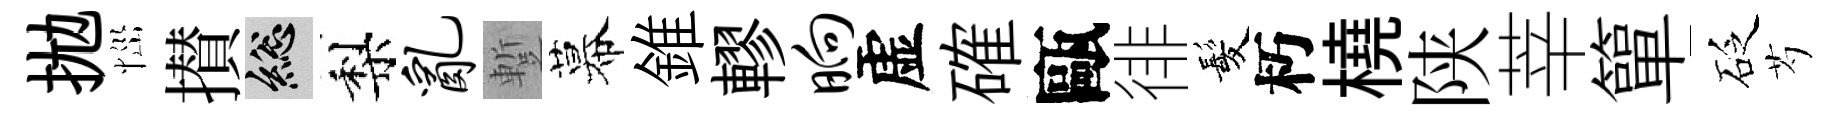
拋𢙉攅總梨乱蹔幕錐轇晌虚確甌徘髪朽橈陕莘簞砭芍